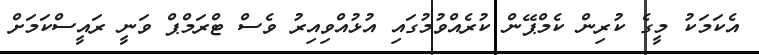
އެކަމަކު މީގެ ކުރިން ކެމްޕޭން ކުރެއްވުމުގައި އުޅުއްވިއިރު ވެސް ޓްރަމްޕް ވަނީ ރައީސްކަމަށް